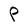
Character: P